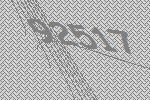
92517